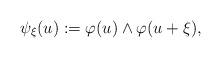
LaTeX: \begin{align*}\psi_\xi(u):=\varphi(u)\wedge\varphi (u+\xi),\end{align*}